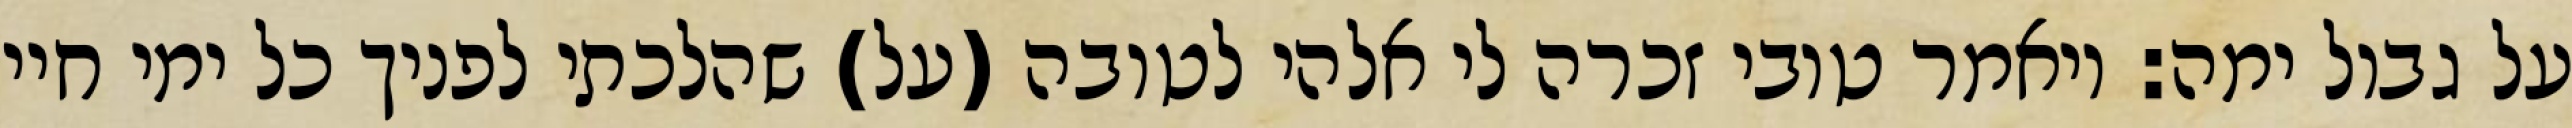
על גבול ימה: ויאמר טובי זכרה לי אלהי לטובה (על) שהלכתי לפניך כל ימי חיי